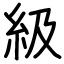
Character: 級